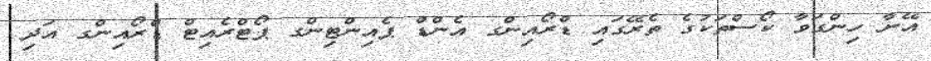
އޭނާ ހިންގަވާ ކޯސްތަކުގެ ތެރޭގައި ޑްރޯއިންގ އެންޑް ޕެއިންޓިންގ ޕޯޓްރެއިޓް ޑްރޯއިންގ އަދި